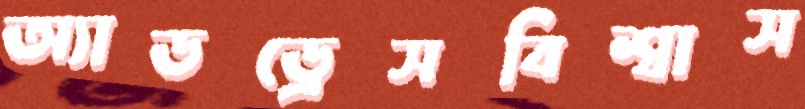
অ্যাডড্রেসবিশ্বাস